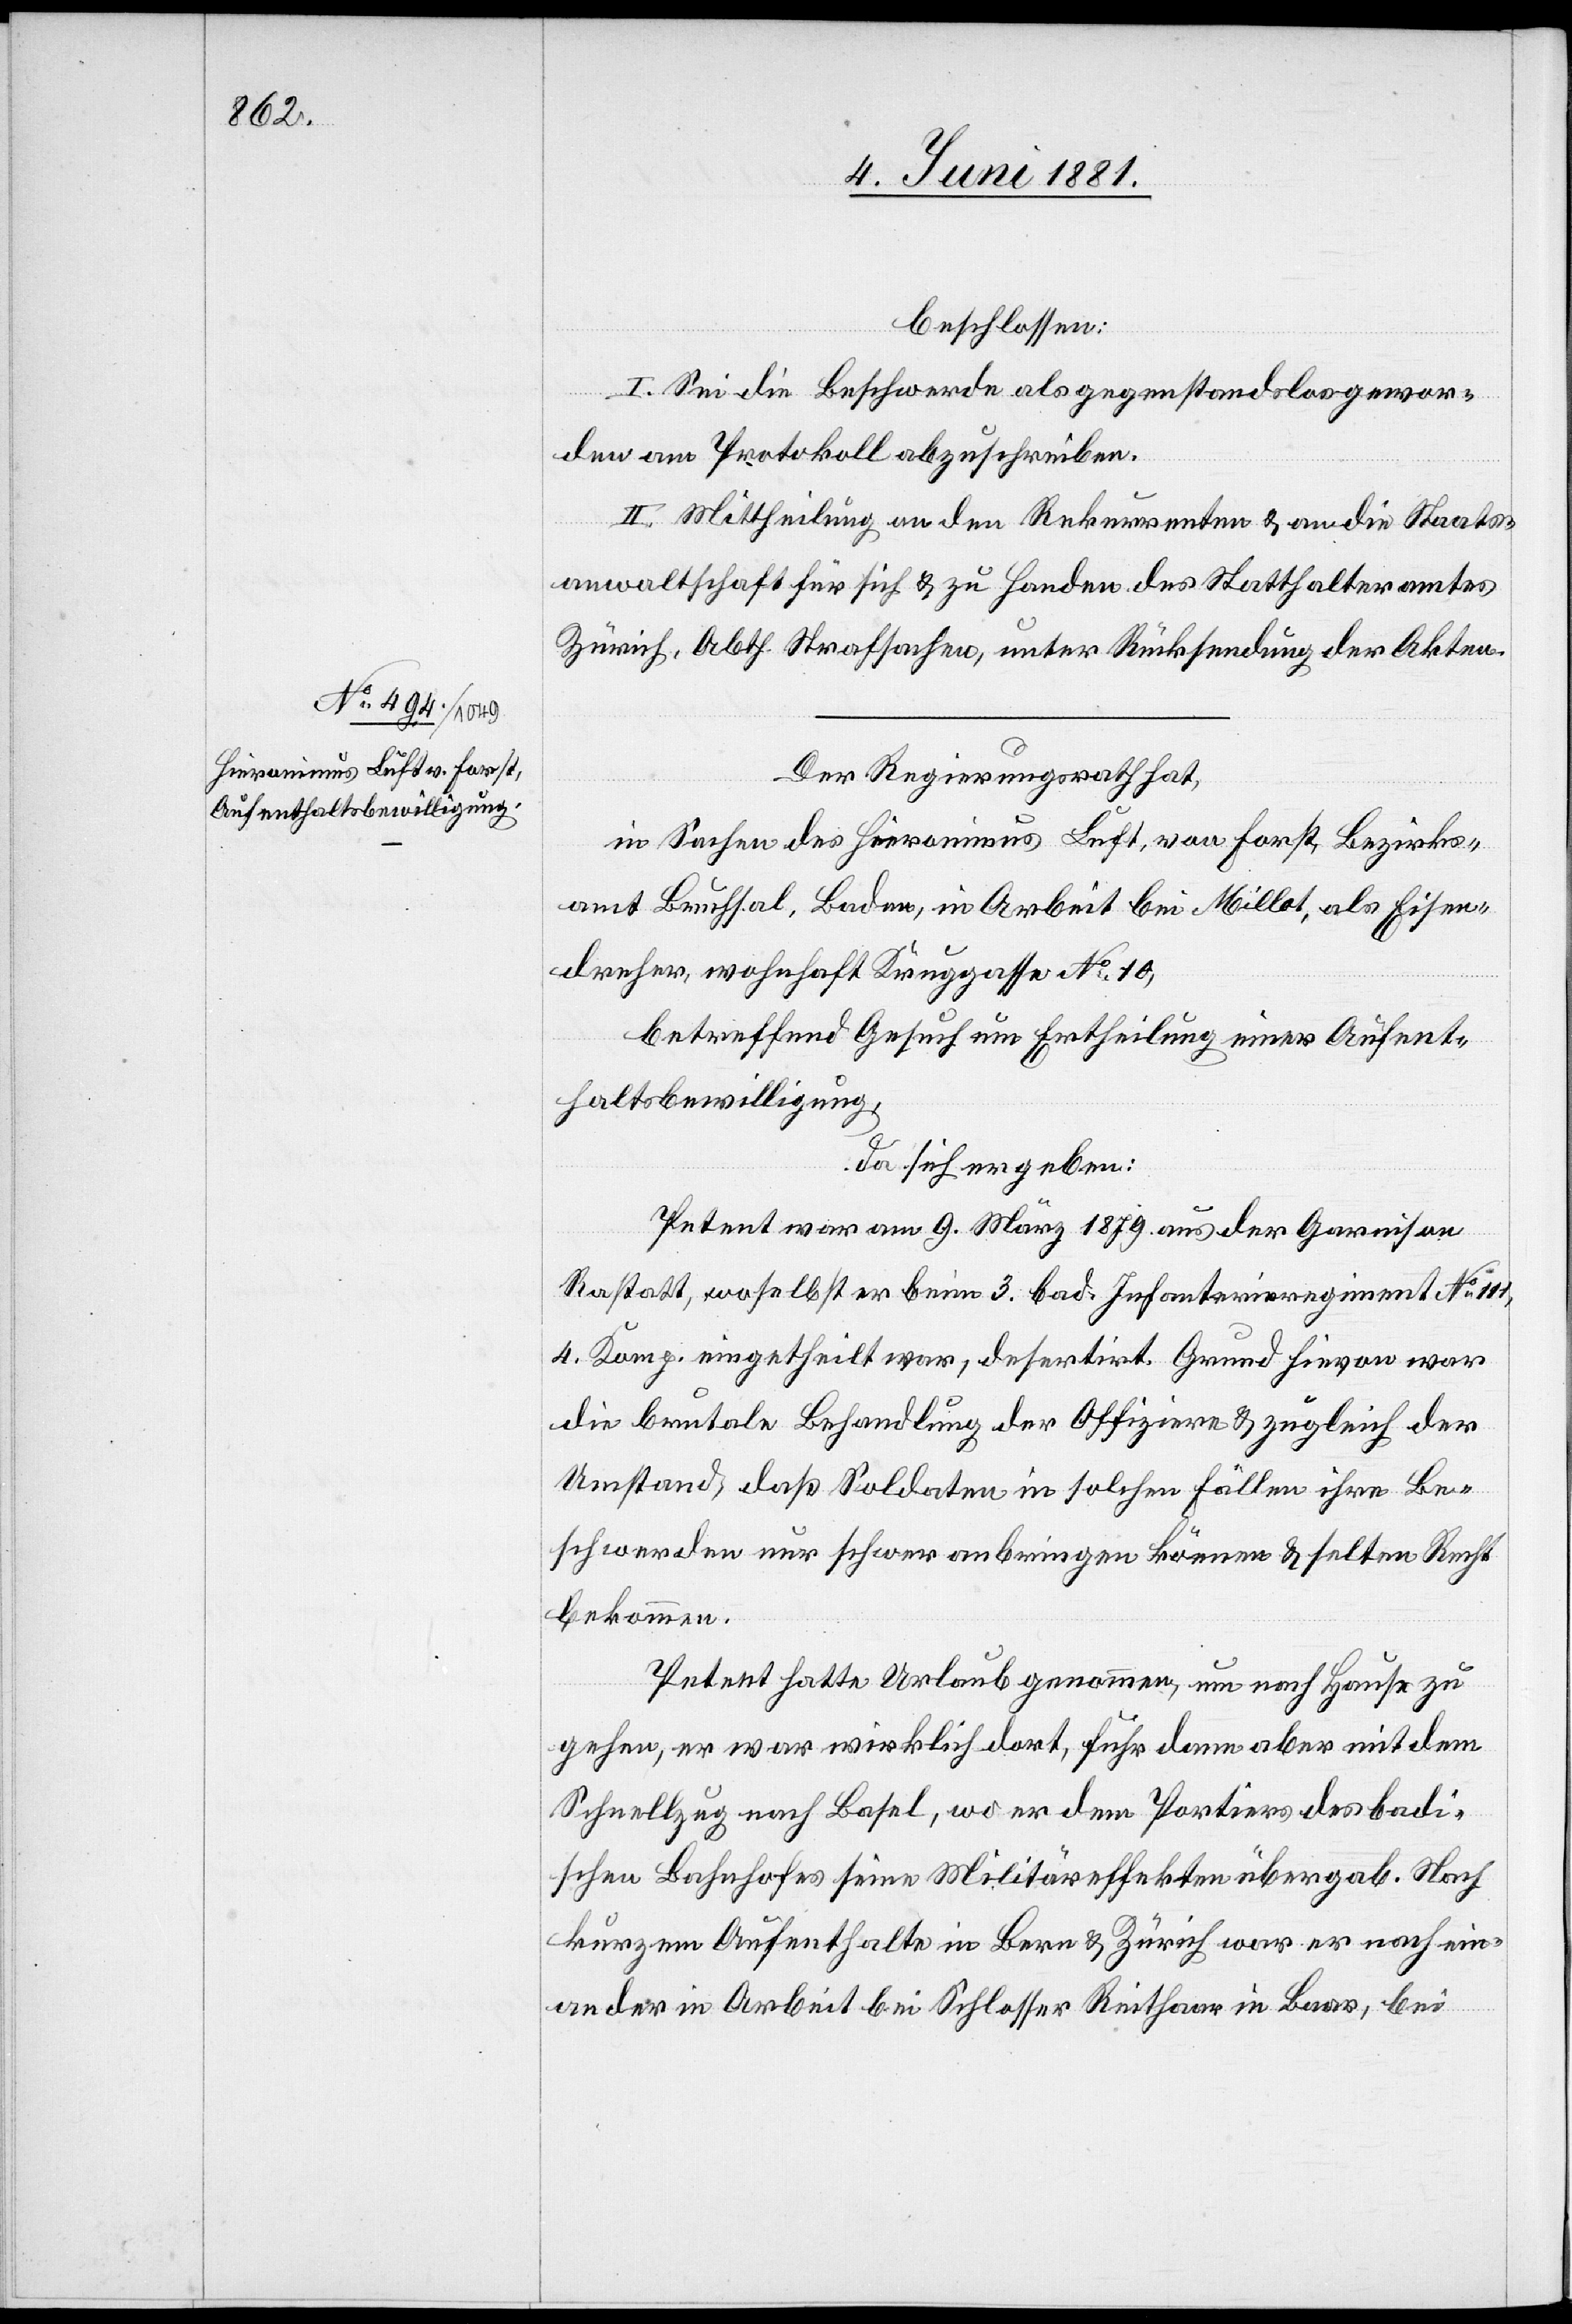
beschlossen:
I. Sei die Beschwerde als gegenstandslos gewor¬
den am Protokoll abzuschreiben.
II. Mittheilung an den Rekurrenten & an die Staats¬
anwaltschaft für sich & zu Handen des Statthalteramtes
Zürich, Abth. Strafsachen, unter Rücksendung der Akten.
Der Regierungsrath hat,
in Sachen des Hieronimus Luft, von Forst, Bezirks¬
amt Bruchsal, Baden, in Arbeit bei Millot, als Eisen¬
dreher, wohnhaft Kruggasse No 10,
betreffend Gesuch um Ertheilung einer Aufent¬
haltsbewilligung,
da sich ergeben:
Petent war am 9. März 1879 aus der Garnison
Rastatt, woselbst er beim 3. bad. Infanterieregiment No 111,
4. Komp. eingetheilt war, desertirt. Grund hievon war
die brutale Behandlung der Offiziere & zugleich der
Umstand, daß Soldaten in solchen Fällen ihre Be¬
schwerden nur schwer anbringen können & selten Recht
bekommen.
Petent hatte Urlaub genommen, um nach Hause zu
gehen, er war wirklich dort, fuhr dann aber mit dem
Schnellzug nach Basel, wo er den Portiers des badi¬
schen Bahnhofes seine Militäreffekten übergab. Nach
kurzem Aufenthalte in Bern & Zürich war er nach ein¬
ander in Arbeit bei Schlosser Reithaar in Baar, bei